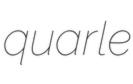
quarle